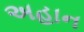
અહાન